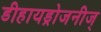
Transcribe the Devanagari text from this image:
डीहायड्रोजनीज्